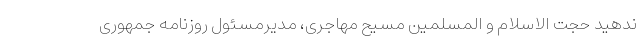
ندهید حجت الاسلام و المسلمین مسیح مهاجری، مدیرمسئول روزنامه جمهوری